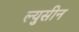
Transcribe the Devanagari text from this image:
ल्युसीन